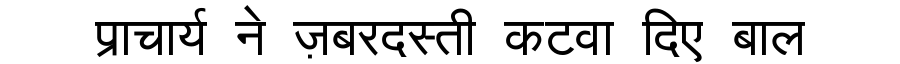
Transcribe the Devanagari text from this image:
प्राचार्य ने ज़बरदस्ती कटवा दिए बाल